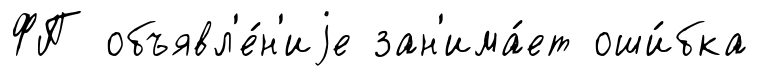
ФП объявл'е́н'иjе зан'има́ет оши́бка